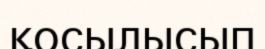
қосылысып